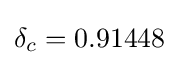
\delta _{c}=0.91448